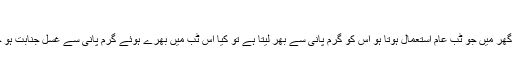
واللہ العالم
سوال:اگر بندہ غسل جنابت کرتا ہو تو گھر میں جو ٹب عام استعمال ہوتا ہو اس کو گرم پانی سے بھر لیتا ہے تو کیا اس ٹب میں بھرے ہوئے گرم پانی سے غسل جنابت ہو جاتا ہے اور کیا وہ غسل صحیح ہو گا؟